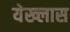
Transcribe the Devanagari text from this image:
येख्लास